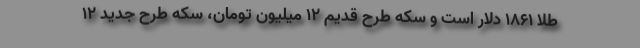
طلا ۱۸۶۱ دلار است و سکه طرح قدیم ۱۲ میلیون تومان، سکه طرح جدید ۱۲